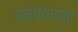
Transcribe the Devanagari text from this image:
चमच्याच्या